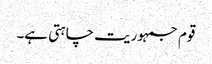
قوم جمہوریت چاہتی ہے۔